Scottish Certificate of Education, 1962
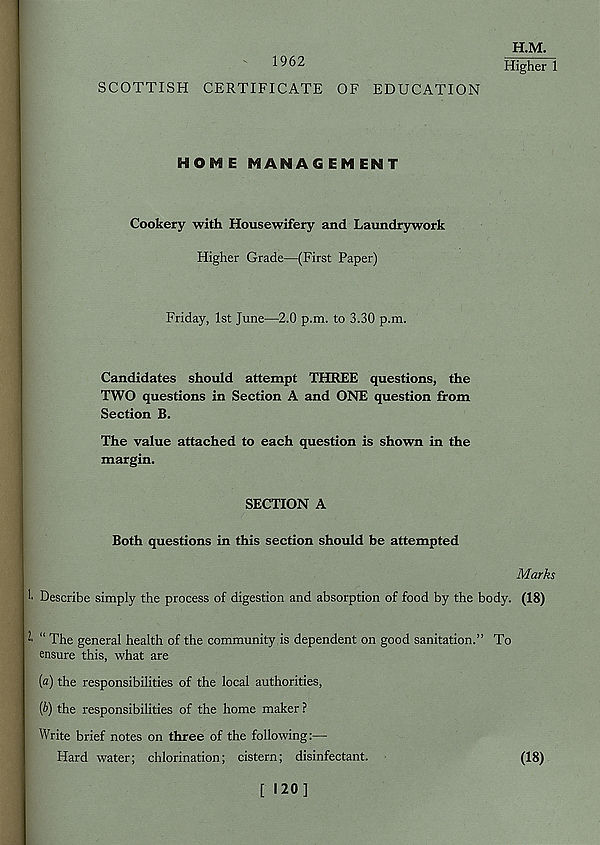
1962
SCOTTISH CERTIFICATE OF EDUCATION
H.M.
Higher 1
HOME MANAGEMENT
Cookery with Housewifery and Laundrywork
Higher Grade—(First Paper)
Friday, 1st June—2.0 p.m. to 3.30 p.m.
Candidates should attempt THREE questions, the
TWO questions in Section A and ONE question from
Section B.
The value attached to each question is shown in the
margin.
SECTION A
Both questions in this section should be attempted
Marks
Describe simply the process of digestion and absorption of food by the body. (18)
2' “ The general health of the community is dependent on good sanitation.” To
ensure this, what are
(a) the responsibilities of the local authorities,
{b) the responsibilities of the home maker ?
Write brief notes on three of the following:—
Hard water; chlorination; cistern; disinfectant.
(18)
[ 120]